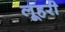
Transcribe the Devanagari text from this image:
लूहरी